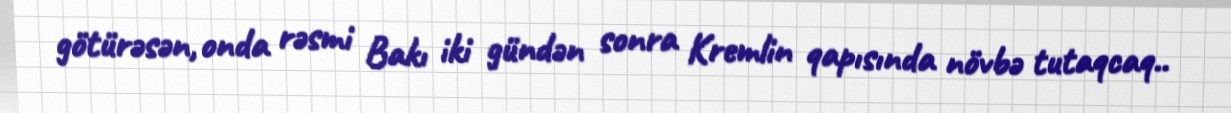
götürəsən, onda rəsmi Bakı iki gündən sonra Kremlin qapısında növbə tutaqcaq..